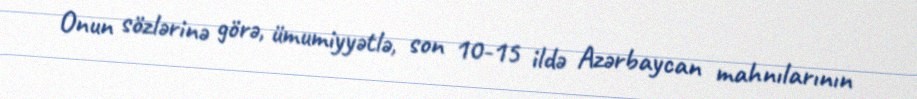
Onun sözlərinə görə, ümumiyyətlə, son 10-15 ildə Azərbaycan mahnılarının